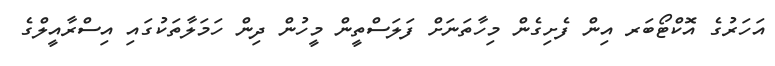
އަހަރުގެ އޮކްޓޯބަރ އިން ފެށިގެން މިހާތަނަށް ފަލަސްތީން މީހުން ދިން ހަމަލާތަކުގައި އިސްރާއީލްގެ